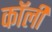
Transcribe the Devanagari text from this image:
कॉर्ली